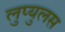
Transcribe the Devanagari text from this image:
लुप्युलस